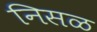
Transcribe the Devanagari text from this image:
निसळ